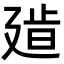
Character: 𢌧